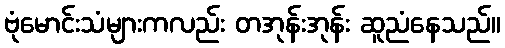
ဗုံမောင်းသံများကလည်း တအုန်းအုန်း ဆူညံနေသည်။